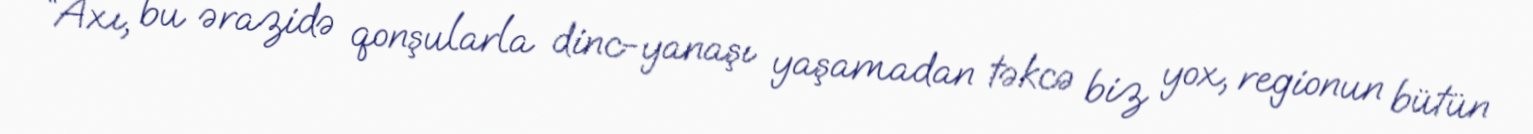
“Axı, bu ərazidə qonşularla dinc-yanaşı yaşamadan təkcə biz yox, regionun bütün